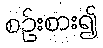
စဉ်းစား၍